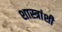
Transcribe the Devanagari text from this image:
शास्त्रांशी